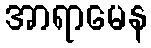
အာရာမေန